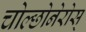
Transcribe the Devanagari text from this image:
चोल्छोनेरोस्